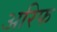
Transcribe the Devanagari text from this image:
अरिफ